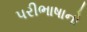
પરીભાષાનો